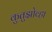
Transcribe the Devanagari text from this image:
कुतुझोव्हा